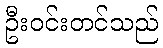
ဦးဝင်းတင်သည်